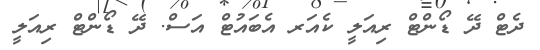
ދެޓް ދޭ ޑޯންޓް ރިއަލީ ކެއަރ އެބައުޓް އަސް. ދޭ ޑޯންޓް ރިއަލީ